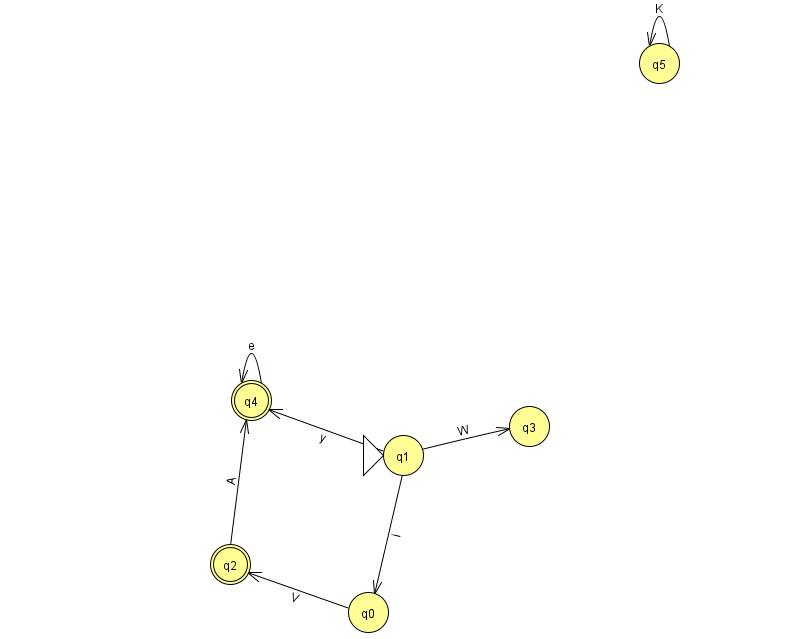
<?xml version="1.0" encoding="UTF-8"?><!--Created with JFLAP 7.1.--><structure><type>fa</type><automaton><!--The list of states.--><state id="0" name="q0"><x>368.0</x><y>599.0</y></state><state id="1" name="q1"><x>403.0</x><y>442.0</y><initial/></state><state id="2" name="q2"><x>230.0</x><y>551.0</y><final/></state><state id="3" name="q3"><x>529.0</x><y>413.0</y></state><state id="4" name="q4"><x>251.0</x><y>387.0</y><final/></state><state id="5" name="q5"><x>659.0</x><y>50.0</y></state><!--The list of transitions.--><transition><from>1</from><to>0</to><read>i</read></transition><transition><from>1</from><to>3</to><read>W</read></transition><transition><from>0</from><to>2</to><read>V</read></transition><transition><from>4</from><to>4</to><read>e</read></transition><transition><from>5</from><to>5</to><read>K</read></transition><transition><from>1</from><to>4</to><read>y</read></transition><transition><from>2</from><to>4</to><read>A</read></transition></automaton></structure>